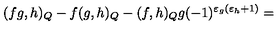
( f g , h ) _ { Q } - f ( g , h ) _ { Q } - ( f , h ) _ { Q } g ( - 1 ) ^ { \varepsilon _ { g } ( \varepsilon _ { h } + 1 ) } =